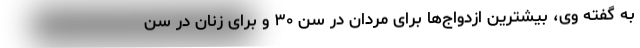
به گفته وی، بیشترین ازدواج‌ها برای مردان در سن ۳۰ و برای زنان در سن